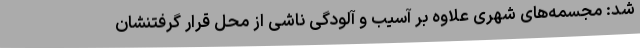
شد: مجسمه‌های شهری علاوه بر آسیب و آلودگی ناشی از محل قرار گرفتنشان